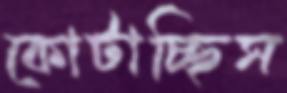
কোটাচ্ছিস